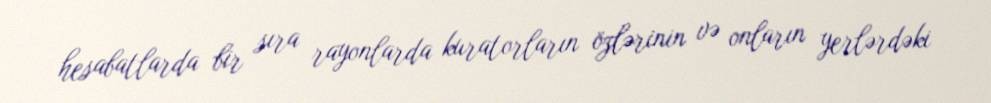
hesabatlarda bir sıra rayonlarda kuratorların özlərinin və onların yerlərdəki